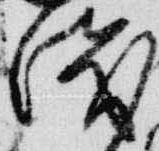
浅